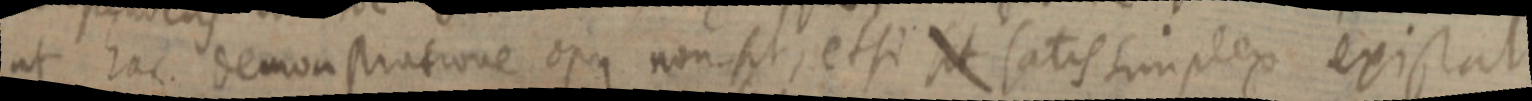
ut hac demonstratione opus non sit et si sit satis simplex existat